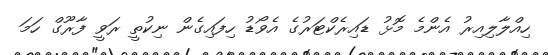
ހިއްލާލިއިރު އެންމެ މޮޅު ޑައިރެކްޓަރުގެ އެވޯޑު ހިފައިގެން ނިކުތީ ރަވީ ފާރޫގް ހަމަ